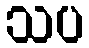
သပ